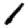
Digit: 1